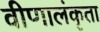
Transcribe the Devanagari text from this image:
वीणालंकृता